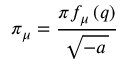
\pi _ { \mu } = \frac { \pi f _ { \mu } \left( q \right) } { \sqrt { - a \, } }